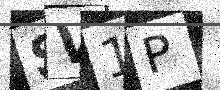
Text: SV1P